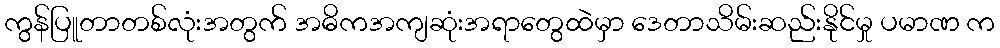
ကွန်ပြူတာတစ်လုံးအတွက် အဓိကအကျဆုံးအရာတွေထဲမှာ ဒေတာသိမ်းဆည်းနိုင်မှု ပမာဏ က